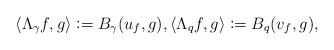
LaTeX: \begin{align*} \langle \Lambda_{\gamma}f,g\rangle \vcentcolon =B_{\gamma}(u_f,g),\langle \Lambda_qf,g\rangle\vcentcolon =B_q(v_f,g), \end{align*}